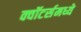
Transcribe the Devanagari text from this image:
क्वॉटर्समध्ये